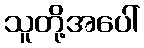
သူတို့အပေါ်